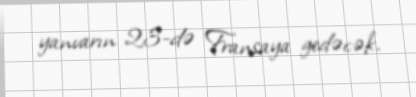
yanvarın 23-də Fransaya gedəcək.